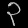
Digit: ၃